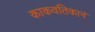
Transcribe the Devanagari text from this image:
काकवतिकानं